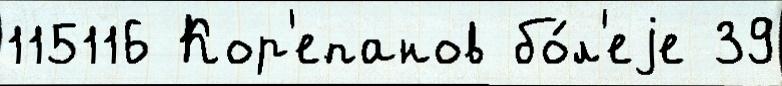
115116 Кор'епанов бо́л'еjе 39